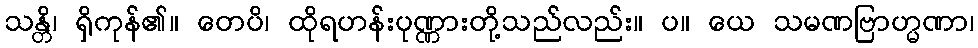
သန္တိ၊ ရှိကုန်၏။ တေပိ၊ ထိုရဟန်းပုဏ္ဏားတို့သည်လည်း။ ပ။ ယေ သမဏဗြာဟ္မဏာ၊